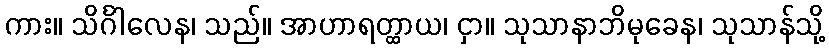
ကား။ သိင်္ဂါလေန၊ သည်။ အာဟာရတ္ထာယ၊ ငှာ။ သုသာနာဘိမုခေန၊ သုသာန်သို့